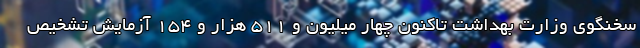
سخنگوی وزارت بهداشت تاکنون چهار میلیون و ۵۱۱ هزار و ۱۵۴ آزمایش تشخیص